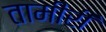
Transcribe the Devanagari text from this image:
तामीरी